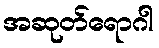
အဆုတ်ရောဂါ